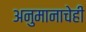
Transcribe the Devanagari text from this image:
अनुमानाचेही